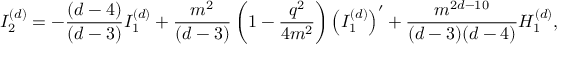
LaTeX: I _ { 2 } ^ { ( d ) } = - \frac { ( d - 4 ) } { ( d - 3 ) } I _ { 1 } ^ { ( d ) } + \frac { m ^ { 2 } } { ( d - 3 ) } \left( 1 - \frac { q ^ { 2 } } { 4 m ^ { 2 } } \right) \left( I _ { 1 } ^ { ( d ) } \right) ^ { \prime } + \frac { m ^ { 2 d - 1 0 } } { ( d - 3 ) ( d - 4 ) } H _ { 1 } ^ { ( d ) } ,